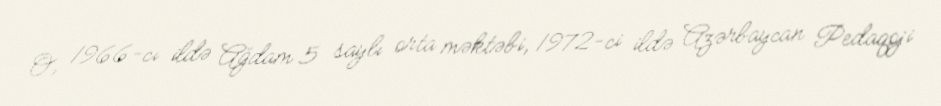
O, 1966-cı ildə Ağdam 5 saylı orta məktəbi, 1972-ci ildə Azərbaycan Pedaqoji